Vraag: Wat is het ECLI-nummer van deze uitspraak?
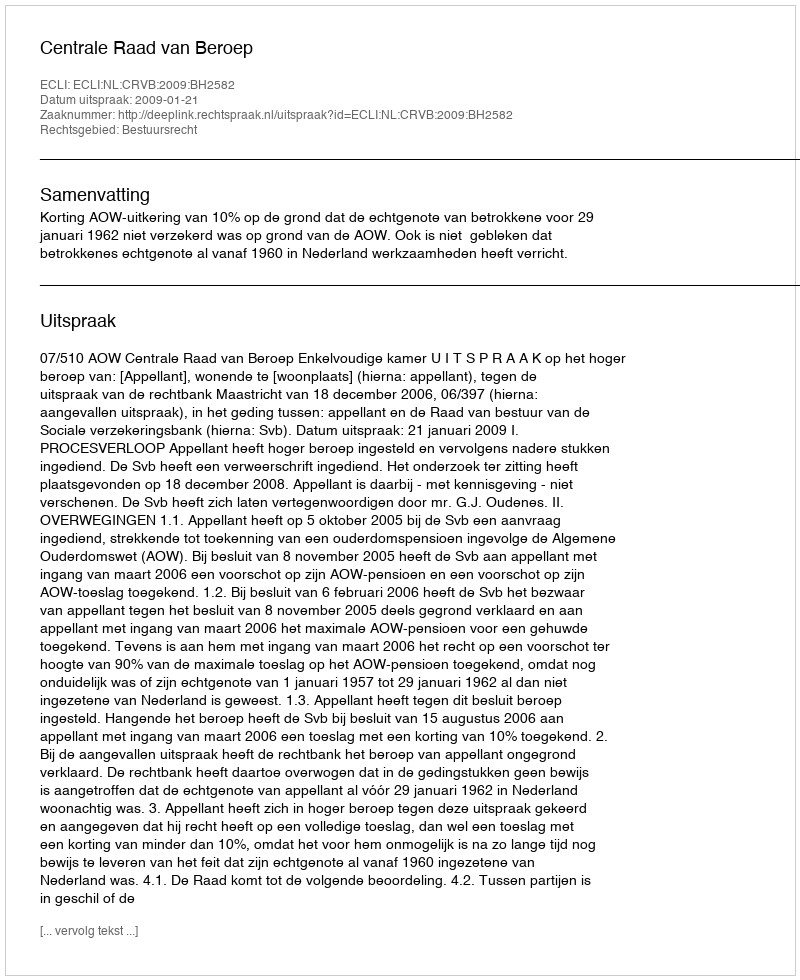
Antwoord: ECLI:NL:CRVB:2009:BH2582